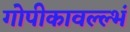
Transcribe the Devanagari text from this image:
गोपीकावल्ल्भं